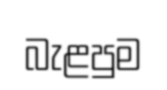
බැළපුම